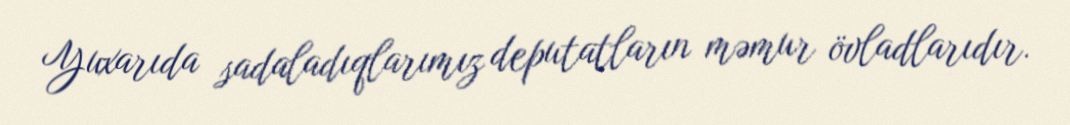
Yuxarıda sadaladıqlarımız deputatların məmur övladlarıdır.